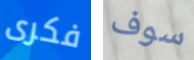
فكرى سوف